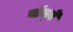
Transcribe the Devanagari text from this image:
बॉम्‍बे